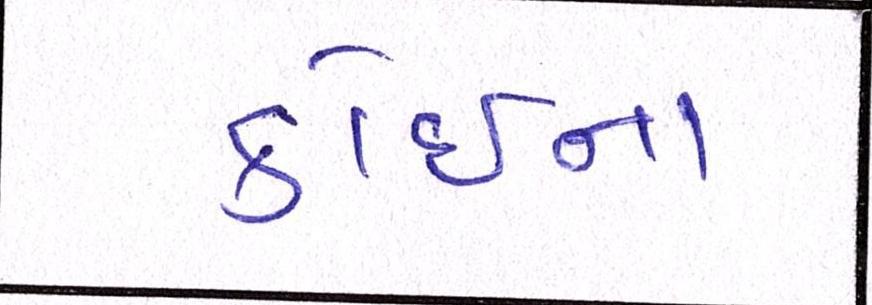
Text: કોઇના